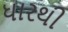
ધારથી